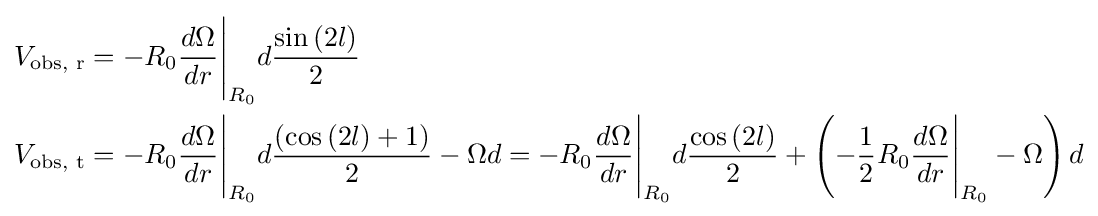
{\begin{aligned}&V_{\text{obs, r}}=-R_{0}{\frac {d\Omega }{dr}}{\Bigg \vert }_{R_{0}}d{\frac {\sin \left(2l\right)}{2}}\\&V_{\text{obs, t}}=-R_{0}{\frac {d\Omega }{dr}}{\Bigg \vert }_{R_{0}}d{\frac {\left(\cos \left(2l\right)+1\right)}{2}}-\Omega d=-R_{0}{\frac {d\Omega }{dr}}{\Bigg \vert }_{R_{0}}d{\frac {\cos \left(2l\right)}{2}}+\left(-{\frac {1}{2}}R_{0}{\frac {d\Omega }{dr}}{\Bigg \vert }_{R_{0}}-\Omega \right)d\\\end{aligned}}